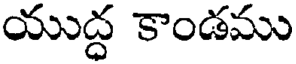
యుద్ధ కాండము